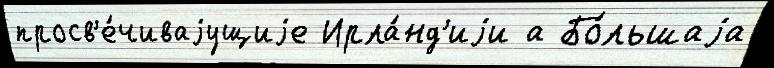
просв'е́чиваjущиjе Ирла́нд'иjи а Бо́льшаjа